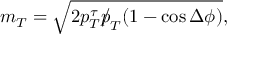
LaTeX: m _ { T } = \sqrt { 2 p _ { T } ^ { \tau } { p \! \! \! / } _ { T } ( 1 - \cos \Delta \phi ) } ,